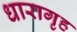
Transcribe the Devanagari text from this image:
धारागृह